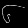
Digit: ၆